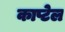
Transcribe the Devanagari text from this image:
काप्टेल